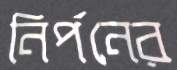
নির্পনের